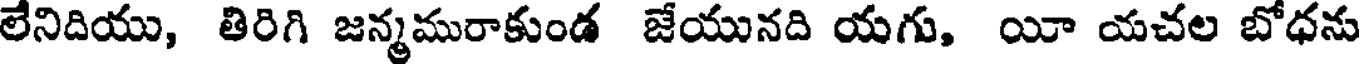
లేనిదియు, తిరిగి జన్మమురాకుండ జేయునది యగు, యీ యచల బోధను